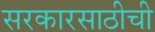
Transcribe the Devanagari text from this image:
सरकारसाठीची